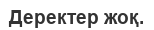
Деректер жоқ.